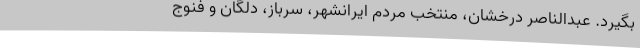
بگیرد. عبدالناصر درخشان، منتخب مردم ایرانشهر، سرباز، دلگان و فنوج